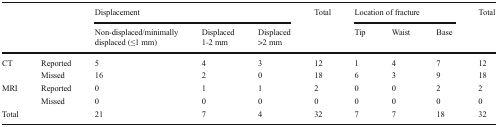
<table><thead><tr><td rowspan="2"></td><td rowspan="2"></td><td colspan="3"><b>Displacement</b></td><td rowspan="2"><b>Total</b></td><td colspan="3"><b>Location of fracture</b></td><td rowspan="2"><b>Total</b></td></tr><tr><td><b>Non-displaced/minimally displaced (≤1 mm)</b></td><td><b>Displaced 1-2 mm</b></td><td><b>Displaced &gt;2 mm</b></td><td><b>Tip</b></td><td><b>Waist</b></td><td><b>Base</b></td></tr></thead><tbody><tr><td rowspan="2">CT</td><td>Reported</td><td>5</td><td>4</td><td>3</td><td>12</td><td>1</td><td>4</td><td>7</td><td>12</td></tr><tr><td>Missed</td><td>16</td><td>2</td><td>0</td><td>18</td><td>6</td><td>3</td><td>9</td><td>18</td></tr><tr><td rowspan="2">MRI</td><td>Reported</td><td>0</td><td>1</td><td>1</td><td>2</td><td>0</td><td>0</td><td>2</td><td>2</td></tr><tr><td>Missed</td><td>0</td><td>0</td><td>0</td><td>0</td><td>0</td><td>0</td><td>0</td><td>0</td></tr><tr><td colspan="2">Total</td><td>21</td><td>7</td><td>4</td><td>32</td><td>7</td><td>7</td><td>18</td><td>32</td></tr></tbody></table>